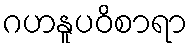
ဂဟနူပဝိစာရာ